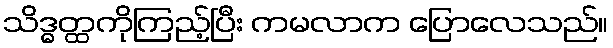
သိဒ္ဓတ္ထကိုကြည့်ပြီး ကမလာက ပြောလေသည်။